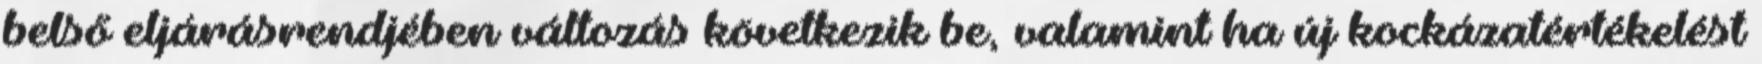
belső eljárásrendjében változás következik be, valamint ha új kockázatértékelést